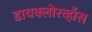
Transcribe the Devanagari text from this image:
डायक्लोरव्हॉस